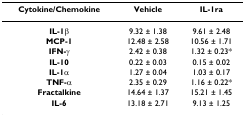
| Cytokine/Chemokine | Vehicle | IL-1ra |
 | --- | --- | --- |
 | IL-1β | 9.32 ± 1.38 | 9.61 ± 2.48 |
 | MCP-1 | 12.48 ± 2.58 | 10.56 ± 1.71 |
 | IFN-γ | 2.42 ± 0.38 | 1.32 ± 0.23* |
 | IL-10 | 0.22 ± 0.03 | 0.15 ± 0.02 |
 | IL-1α | 1.27 ± 0.04 | 1.03 ± 0.17 |
 | TNF-α | 2.35 ± 0.29 | 1.16 ± 0.22* |
 | Fractalkine | 14.64 ± 1.37 | 15.21 ± 1.45 |
 | IL-6 | 13.18 ± 2.71 | 9.13 ± 1.25 |